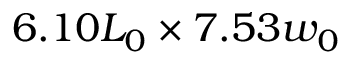
6 . 1 0 L _ { 0 } \times 7 . 5 3 w _ { 0 }